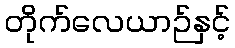
တိုက်လေယာဉ်နှင့်